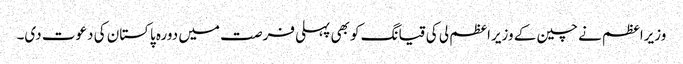
وزیراعظم نے چین کے وزیراعظم لی کی قیانگ کو بھی پہلی فرصت میں دورہ پاکستان کی دعوت دی۔